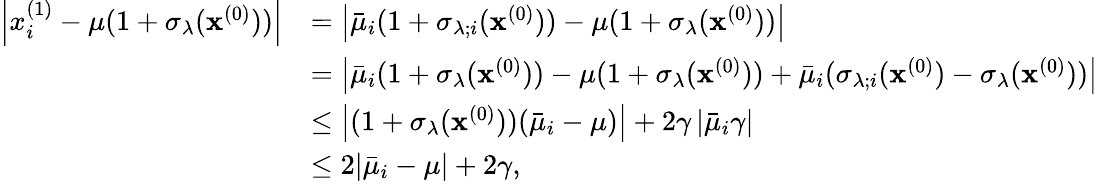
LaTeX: \begin{array}{rl}{\left|x_{i}^{(1)}-\mu(1+\sigma_{\lambda}(\mathbf{x}^{(0)}))\right|}&{=\left|\bar{\mu}_{i}(1+\sigma_{\lambda;i}(\mathbf{x}^{(0)}))-\mu(1+\sigma_{\lambda}(\mathbf{x}^{(0)}))\right|}\\ &{=\left|\bar{\mu}_{i}(1+\sigma_{\lambda}(\mathbf{x}^{(0)}))-\mu(1+\sigma_{\lambda}(\mathbf{x}^{(0)}))+\bar{\mu}_{i}(\sigma_{\lambda;i}(\mathbf{x}^{(0)})-\sigma_{\lambda}(\mathbf{x}^{(0)}))\right|}\\ &{\leq\left|(1+\sigma_{\lambda}(\mathbf{x}^{(0)}))(\bar{\mu}_{i}-\mu)\right|+2\gamma\left|\bar{\mu}_{i}\gamma\right|}\\ &{\leq 2|\bar{\mu}_{i}-\mu|+2\gamma,}\end{array}